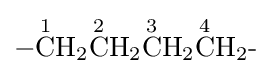
{{-}{\overset {1}{\mathrm {C} }}\mathrm {H} {\vphantom {A}}_{\smash[{t}]{2}}{\overset {2}{\mathrm {C} }}\mathrm {H} {\vphantom {A}}_{\smash[{t}]{2}}{\overset {3}{\mathrm {C} }}\mathrm {H} {\vphantom {A}}_{\smash[{t}]{2}}{\overset {4}{\mathrm {C} }}\mathrm {H} {\vphantom {A}}_{\smash[{t}]{2}}{\text{-}}}